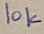
Text: 10k